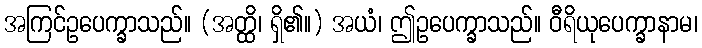
အကြင်ဥပေက္ခာသည်။ (အတ္ထိ၊ ရှိ၏။) အယံ၊ ဤဥပေက္ခာသည်။ ဝီရိယုပေက္ခာနာမ၊